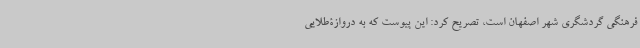
فرهنگی گردشگری شهر اصفهان است، تصریح کرد: این پیوست که به دروازۀطلایی